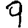
Digit: 9